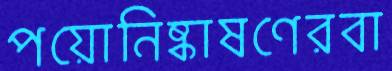
পয়োনিষ্কাষণেরবা